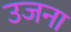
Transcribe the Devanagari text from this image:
उजना